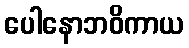
ပေါနောဘဝိကာယ